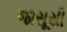
જાસૂસી